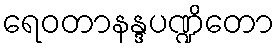
ရေဝတာနန္ဒပဏ္ဍိတော